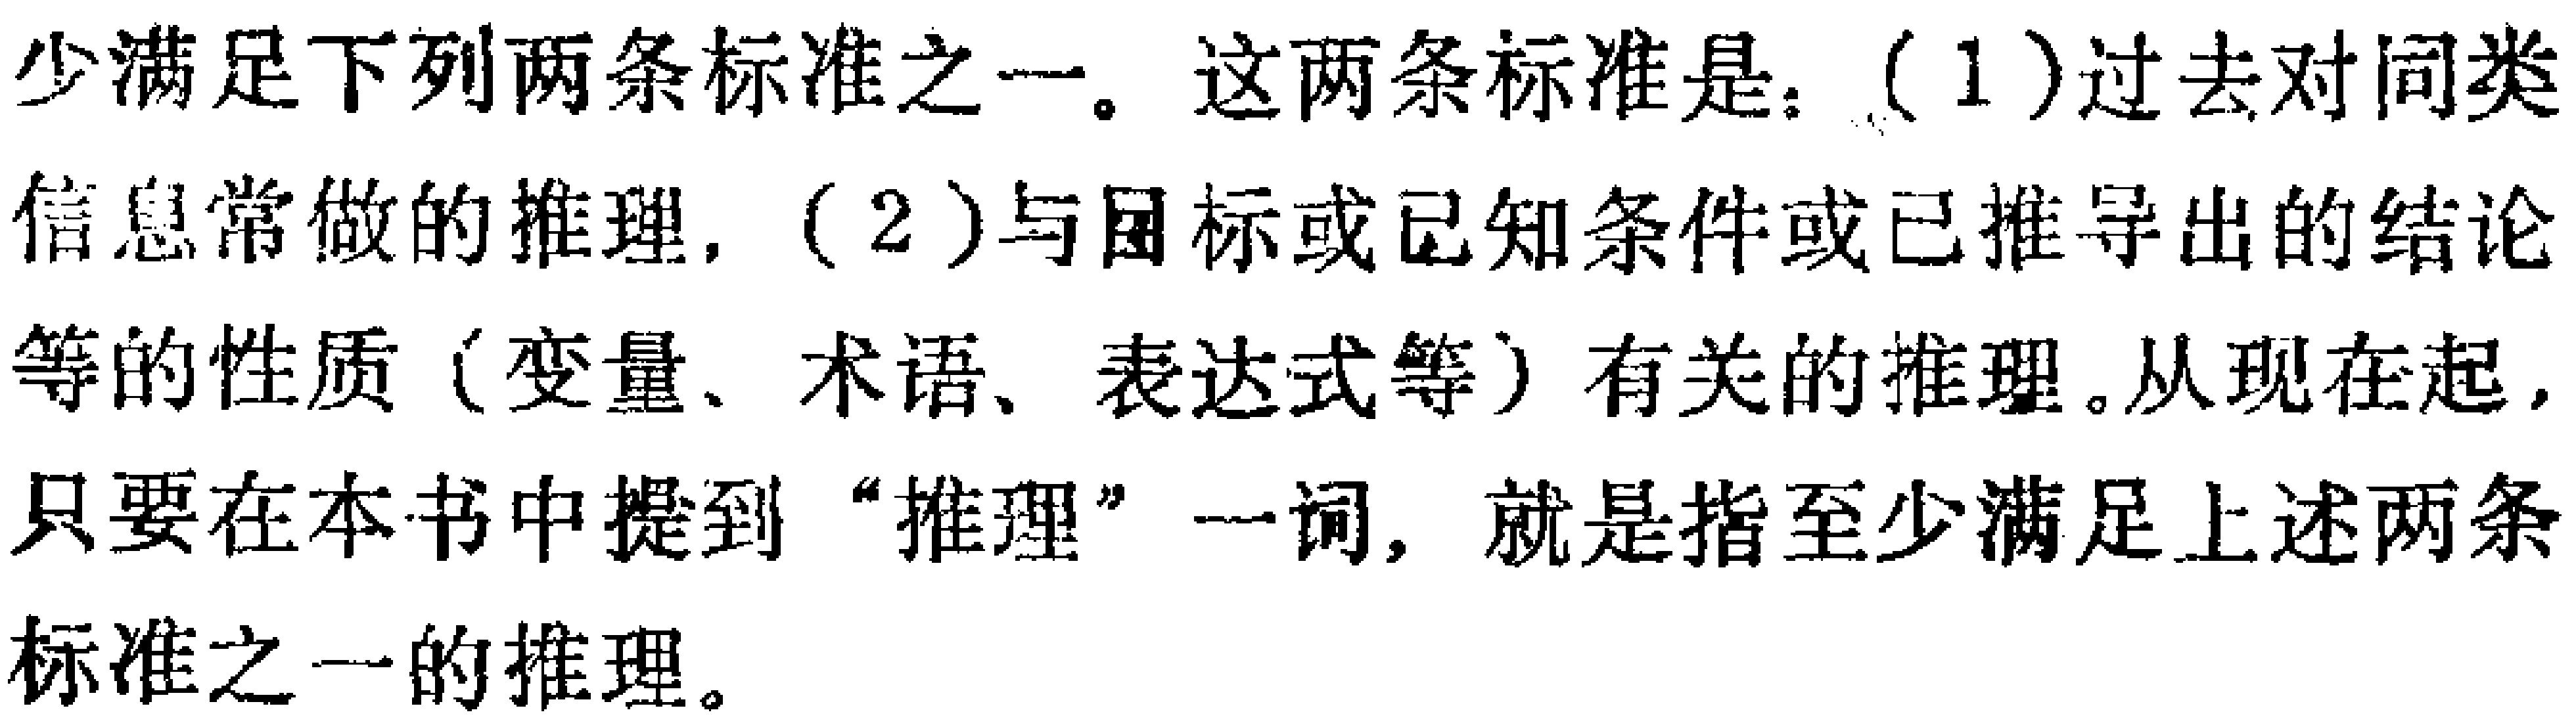
少满足下列两条标准之一。这两条标准是：（1）过去对同类信息常做的推理，（2）与目标或已知条件或已推导出的结论等的性质（变量、术语、表达式等）有关的推理。从现在起，只要在本书中提到“推理”一词，就是指至少满足上述两条标准之一的推理。